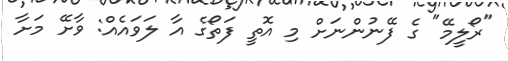
"ރޯލީމޭ" ގެ ފޭނުންނަށް މި އޮތީ ފަތޯގެ އާ ލަވައެއް: ވާށޭ މަށާ